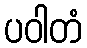
ပဝါတံ